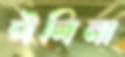
ঈলিনা